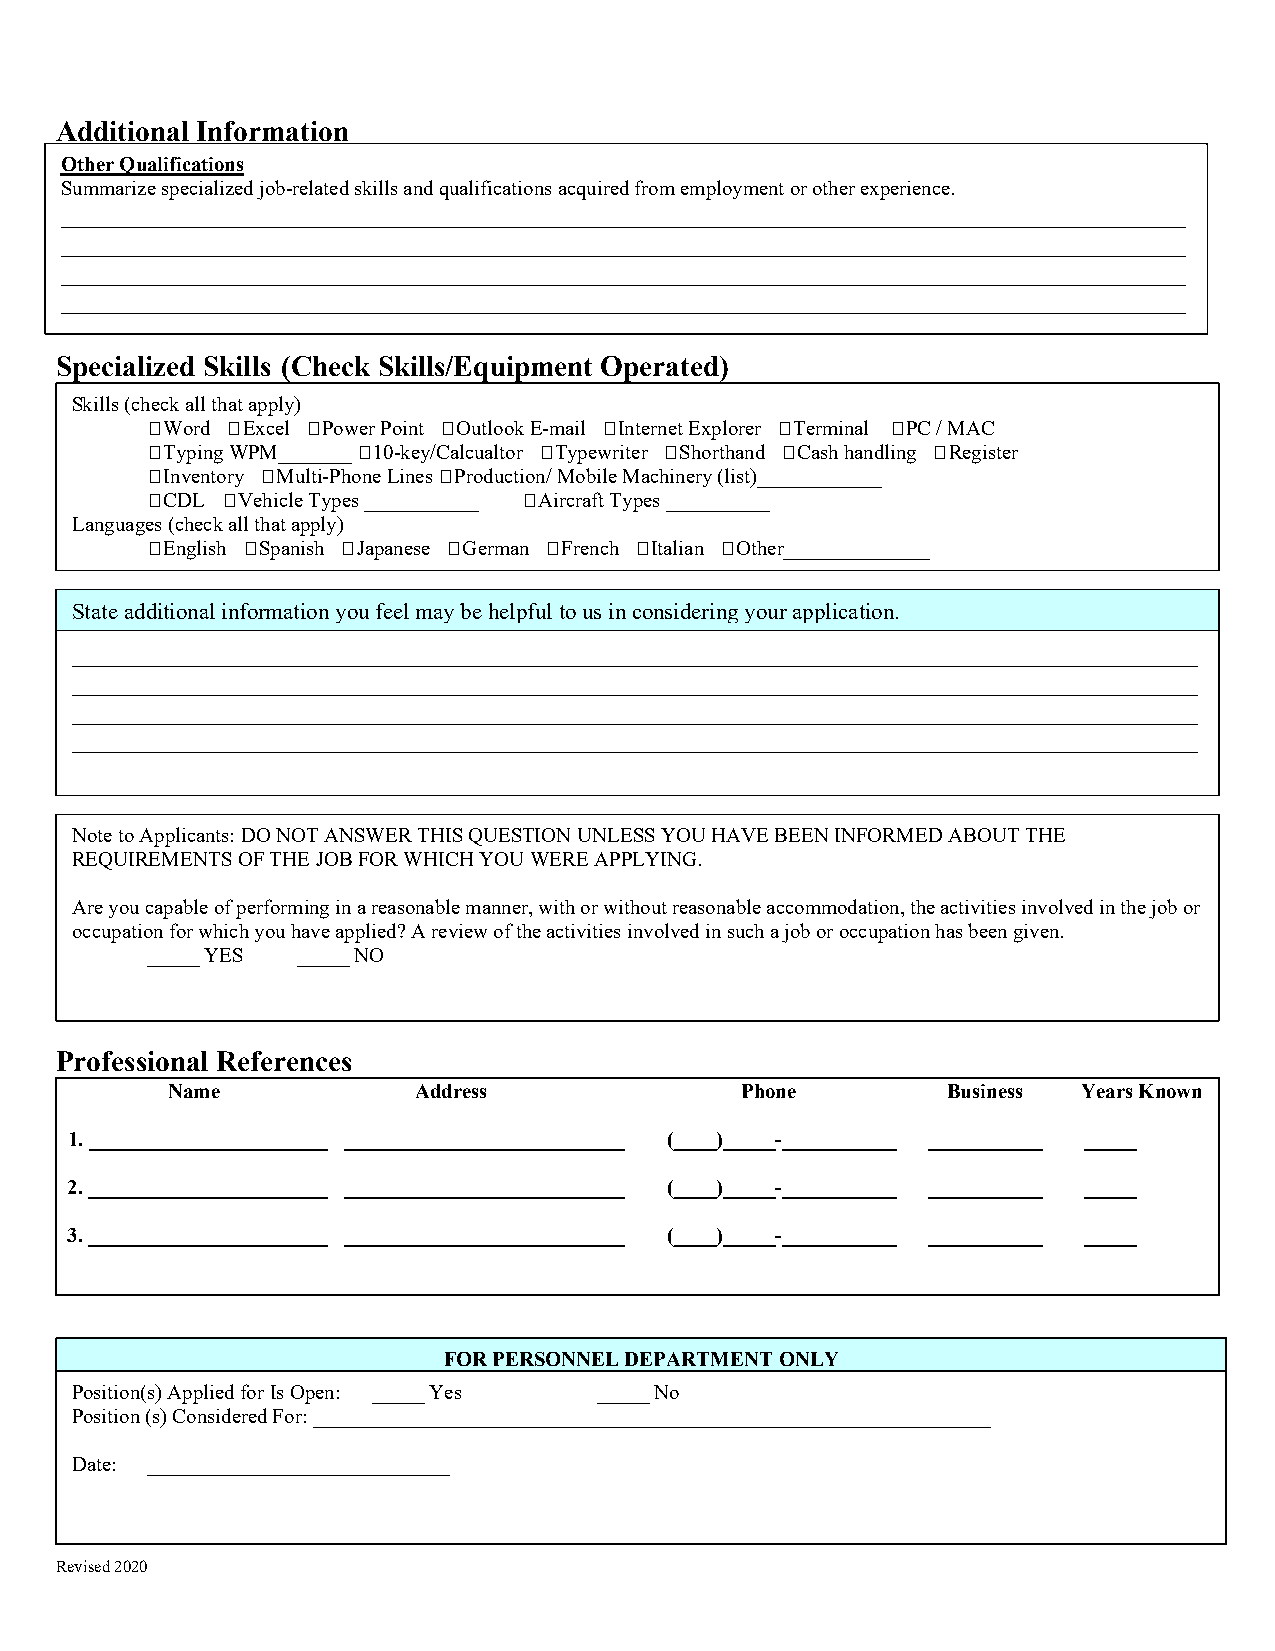
Additional Information
 Other Qualifications
 Summarize specialized job-related skills and qualifications acquired from employment or other experience.
 __________________________________________________________________________________________
 __________________________________________________________________________________________
 __________________________________________________________________________________________
 __________________________________________________________________________________________
 Specialized Skills (Check Skills/Equipment Operated)
 Skills (check all that apply)
 Word Excel Power Point Outlook E-mail Internet Explorer Terminal PC / MAC
 Typing WPM_______ 10-key/Calcualtor Typewriter Shorthand Cash handling Register
 Inventory Multi-Phone Lines Production/ Mobile Machinery (list)____________
 CDL Vehicle Types ___________ Aircraft Types __________
 Languages (check all that apply)
 English Spanish Japanese German French Italian Other______________
 State additional information you feel may be helpful to us in considering your application.
 __________________________________________________________________________________________
 __________________________________________________________________________________________
 __________________________________________________________________________________________
 __________________________________________________________________________________________
 Note to Applicants: DO NOT ANSWER THIS QUESTION UNLESS YOU HAVE BEEN INFORMED ABOUT THE
 REQUIREMENTS OF THE JOB FOR WHICH YOU WERE APPLYING.
 Are you capable of performing in a reasonable manner, with or without reasonable accommodation, the activities involved in the job or
 occupation for which you have applied? A review of the activities involved in such a job or occupation has been given.
 _____ YES _____ NO
 Professional References
 Name            Address               Phone         Business Years Known
 1. _______________________ ___________________________ (____)_____-___________ ___________ _____
 2. _______________________ ___________________________ (____)_____-___________ ___________ _____
 3. _______________________ ___________________________ (____)_____-___________ ___________ _____
 FOR PERSONNEL DEPARTMENT ONLY
 Position(s) Applied for Is Open: _____ Yes _____ No
 Position (s) Considered For: _________________________________________________________________
 Please read this section carefully and acknowledge your understanding by signing your name in the space below. If you are to be hired by
 Date: _____________________________
 the (Company) Papillon Airways Inc., Grand Canyon Airlines Dba Scenic Airlines, Grand Canyon Coaches, Air Grand Canyon,
 Canyon Flight Trading, Grandcanyon.com, Buck Wild LLC, you will be required to attest to your identity and employment eligibility,
 Revised 2020